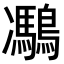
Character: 𪅯